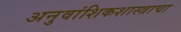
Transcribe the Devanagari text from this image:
अनुवांशिकशास्त्राचा